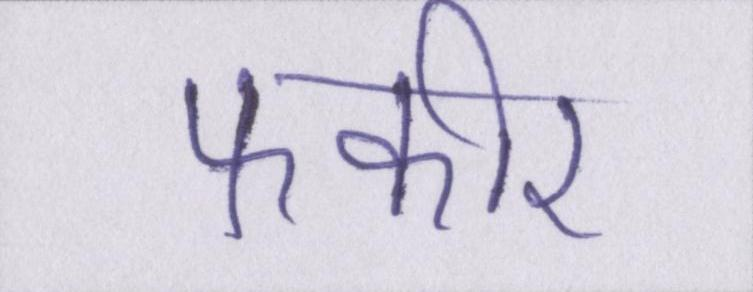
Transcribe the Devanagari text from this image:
फकीर